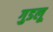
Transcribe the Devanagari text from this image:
गुडलू